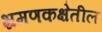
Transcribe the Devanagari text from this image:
भ्रमणकक्षेतील